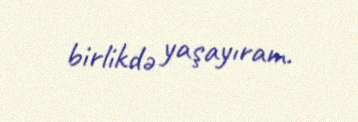
birlikdə yaşayıram.